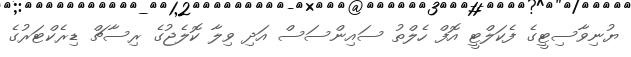
ޔުނިވާސިޓީގެ ފެކަލްޓީ އޮފް ހެލްތު ސައިންސަސް އަދި ވިލާ ކޮލެޖުގެ ރިސާޗް ޑިރެކްޓަރުގެ